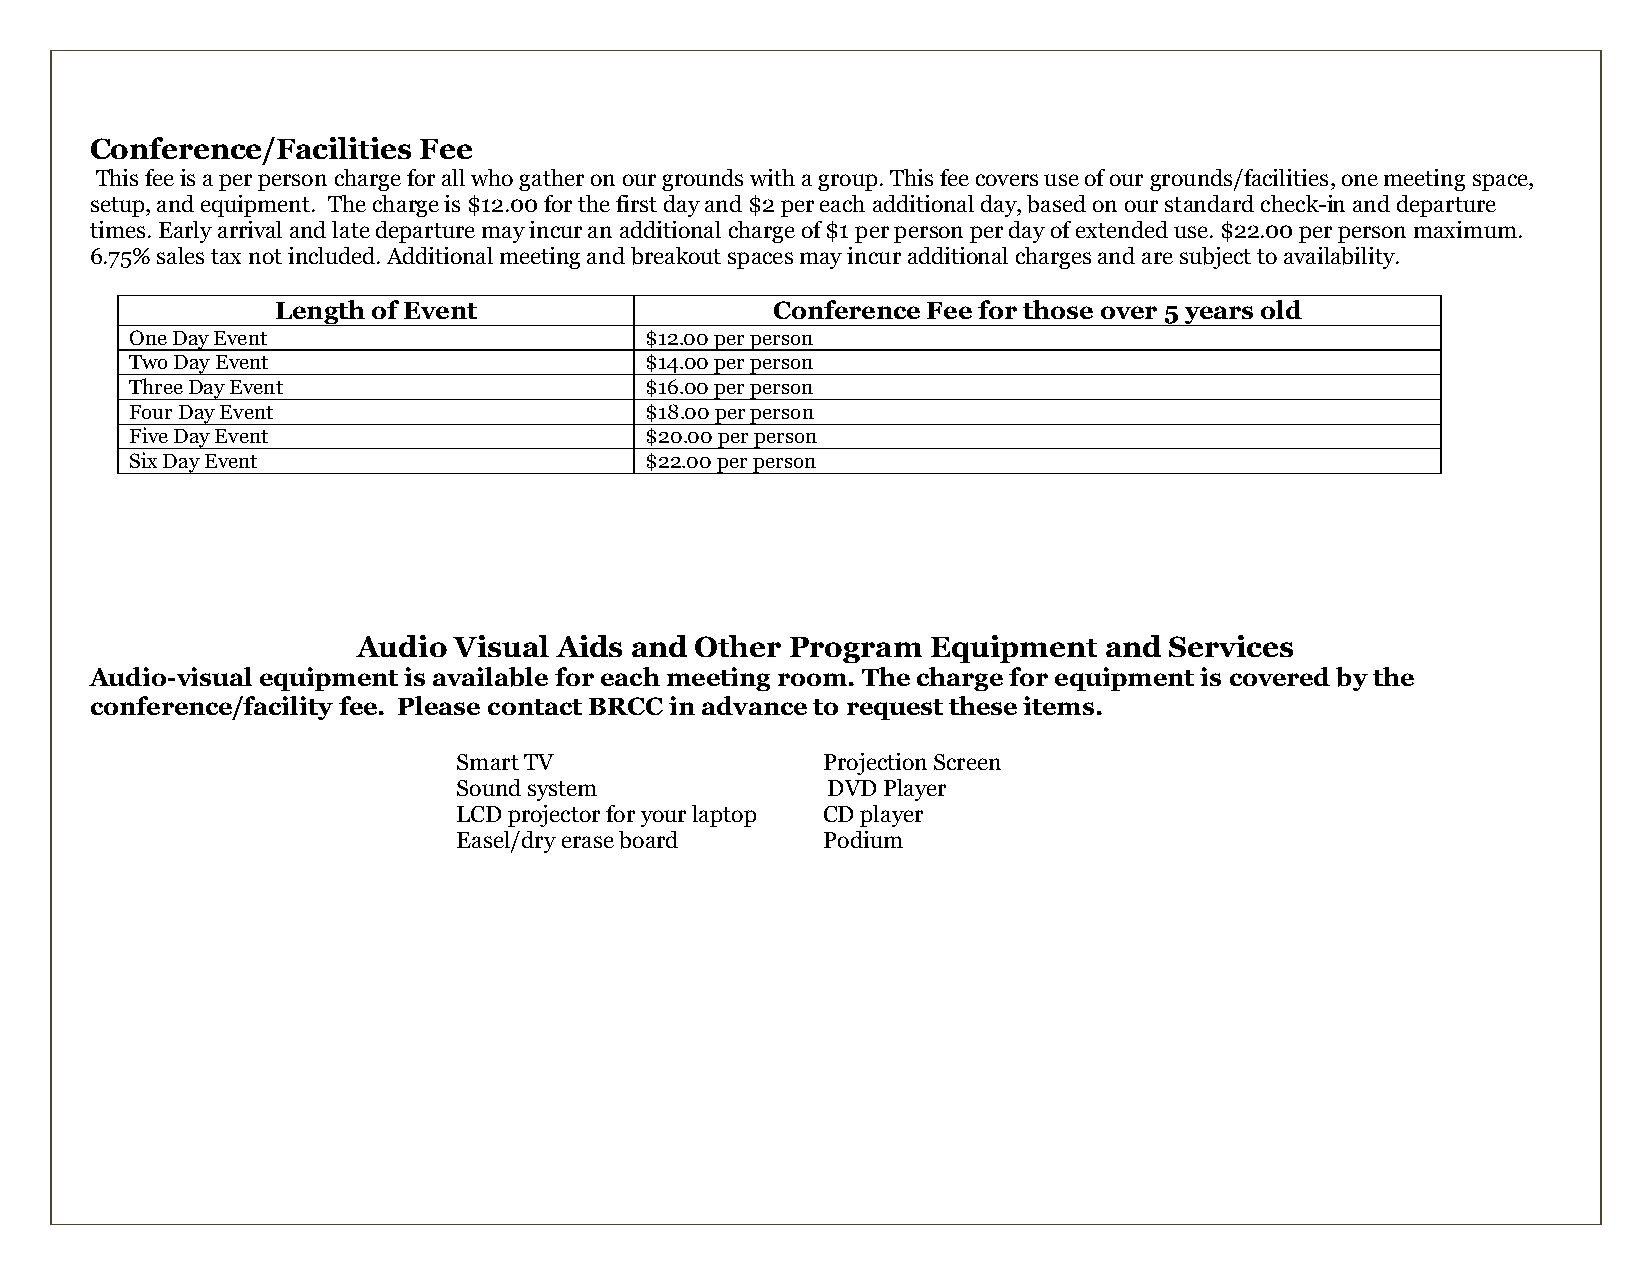
Conference/Facilities Fee
 This fee is a per person charge for all who gather on our grounds with a group. This fee covers use of our grounds/facilities, one meeting space,
 setup, and equipment. The charge is $12.00 for the first day and $2 per each additional day, based on our standard check-in and departure
 times. Early arrival and late departure may incur an additional charge of $1 per person per day of extended use. $22.00 per person maximum.
 6.75% sales tax not included. Additional meeting and breakout spaces may incur additional charges and are subject to availability.
 Length of Event                  Conference Fee for those over 5 years old
 One Day Event                     $12.00 per person
 Two Day Event                     $14.00 per person
 Three Day Event                   $16.00 per person
 Four Day Event                    $18.00 per person
 Five Day Event                    $20.00 per person
 Six Day Event                     $22.00 per person
 Audio Visual Aids and Other Program   Equipment  and Services
 Audio-visual equipment is available for each meeting room. The charge for equipment is covered by the
 conference/facility fee. Please contact BRCC in advance to request these items.
 Smart TV                Projection Screen
 Sound system             DVD Player
 LCD projector for your laptop CD player
 Easel/dry erase board   Podium